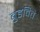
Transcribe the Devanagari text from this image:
बुडविते